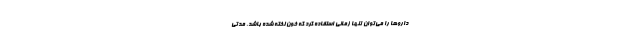
داروها را می‌توان تنها زمانی استفاده کرد که خون لخته شده باشد. مدتی